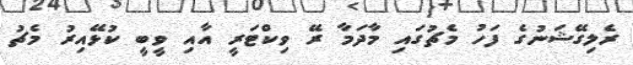
ރެލިގޭޝަނުގެ ފަހު މެޗުގައި މާދަމާ ރޭ ވިކްޓަރީ އާއި ވީބީ ކުޅޭއިރު މެޗު